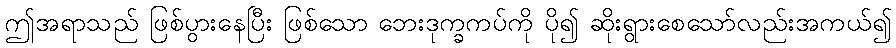
ဤအရာသည် ဖြစ်ပွားနေပြီး ဖြစ်သော ဘေးဒုက္ခကပ်ကို ပို၍ ဆိုးရွားစေသော်လည်းအကယ်၍